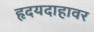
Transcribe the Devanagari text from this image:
हृदयदाहावर